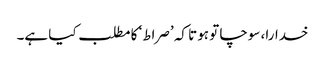
خدارا، سوچا تو ہوتا کہ ’صراط‘ کا مطلب کیا ہے۔